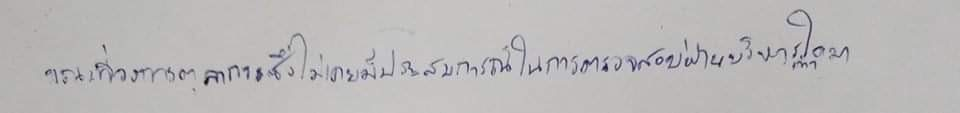
ขณะที่วงการตุลาการซึ่งไม่เคยมีประสบการณ์ในการตรวจสอบฝ่ายบริหารเท่าใดนัก